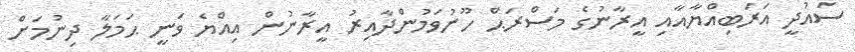
ސައުދީ އަރަބިއްޔާއާއި އީރާނުގެ މަސްރަޙް ހޫނުވަމުންދާއިރު އީރާނުން އިއްޔެ ވަނީ ޙަމަލާ ދިނުމަށް